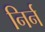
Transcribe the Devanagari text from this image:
निर्न